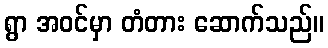
ရွာ အဝင်မှာ တံတား ဆောက်သည်။